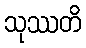
သုဿတိ